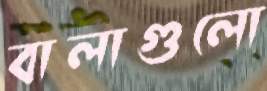
বালাগুলো